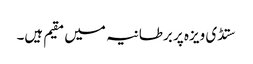
ستڈی ویزہ پر برطانیہ میں مقیم ہیں۔